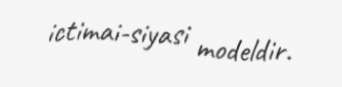
ictimai-siyasi modeldir.